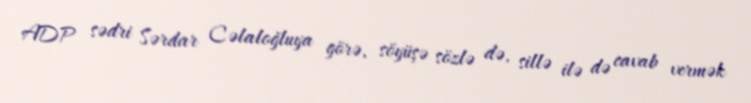
ADP sədri Sərdar Cəlaloğluya görə, söyüşə sözlə də, sillə ilə də cavab vermək